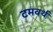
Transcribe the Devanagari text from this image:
टमवर्थ